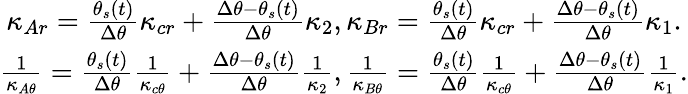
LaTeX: \begin{array}{c}{\kappa_{Ar}=\frac{\theta_{s}(t)}{\Delta\theta}\kappa_{cr}+\frac{\Delta\theta-\theta_{s}(t)}{\Delta\theta}\kappa_{2},\kappa_{Br}=\frac{\theta_{s}(t)}{\Delta\theta}\kappa_{cr}+\frac{\Delta\theta-\theta_{s}(t)}{\Delta\theta}\kappa_{1}.}\\ {\frac{1}{\kappa_{A\theta}}=\frac{\theta_{s}(t)}{\Delta\theta}\frac{1}{\kappa_{c\theta}}+\frac{\Delta\theta-\theta_{s}(t)}{\Delta\theta}\frac{1}{\kappa_{2}},\frac{1}{\kappa_{B\theta}}=\frac{\theta_{s}(t)}{\Delta\theta}\frac{1}{\kappa_{c\theta}}+\frac{\Delta\theta-\theta_{s}(t)}{\Delta\theta}\frac{1}{\kappa_{1}}.}\end{array}